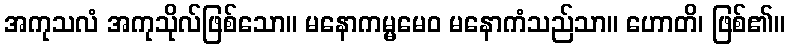
အကုသလံ အကုသိုလ်ဖြစ်သော။ မနောကမ္မမေဝ မနောကံသည်သာ။ ဟောတိ၊ ဖြစ်၏။